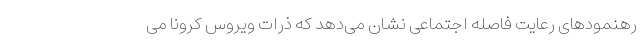
رهنمودهای رعایت فاصله اجتماعی نشان می‌دهد که ذرات ویروس کرونا می‌